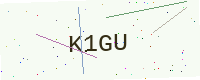
Text: K1GU